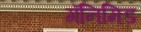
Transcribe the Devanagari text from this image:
गॅनिमिड